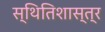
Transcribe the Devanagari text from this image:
स्थितिशास्त्र